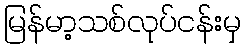
မြန်မာ့သစ်လုပ်ငန်းမှ